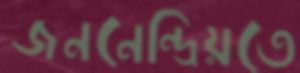
জননেন্দ্রিয়তে